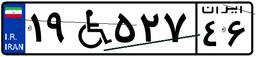
۱۹W۵۲۷۴۶